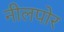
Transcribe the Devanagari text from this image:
नीलपोर